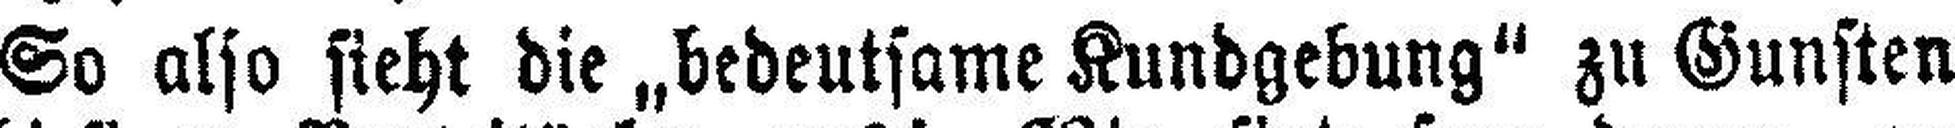
So also sieht die „bedeutsame Kundgebung“ zu Gunsten